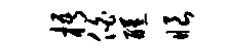
梧伯醺眼